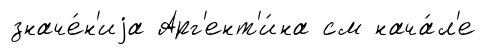
значе́н'иjа Арг'ент'и́на см нача́л'е